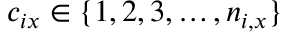
c _ { i x } \in \{ 1 , 2 , 3 , \ldots , n _ { i , x } \}